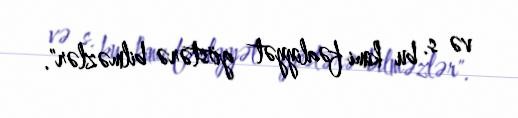
və s. bu kimi fəaliyyət göstərə bilməzlər".